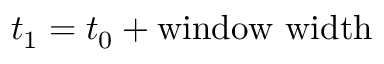
t _ { 1 } = t _ { 0 } + \mathrm { w i n d o w ~ w i d t h }